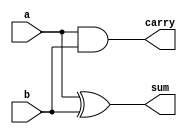
`timescale 1ns / 1ps
//////////////////////////////////////////////////////////////////////////////////
// Company: 
// Engineer: 
// 
// Design Name: 
// Module Name:    halfadder_df 
// Project Name: 
// Target Devices: 
// Tool versions: 
// Description: 
//
// Dependencies: 
//
// Revision: 
// Revision 0.01 - File Created
// Additional Comments: 
//
//////////////////////////////////////////////////////////////////////////////////
module halfadder_df(
    input a,b,
    output sum,carry
    );
assign sum = a^b;
assign carry = a&b;

endmodule